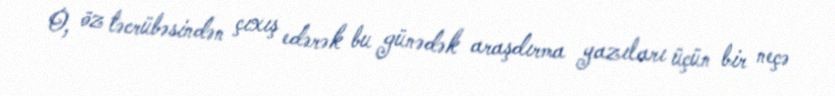
O, öz təcrübəsindən çıxış edərək bu günədək araşdırma yazıları üçün bir neçə